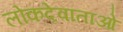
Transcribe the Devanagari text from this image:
लोकदेवाताओ